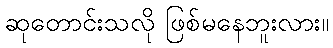
ဆုတောင်းသလို ဖြစ်မနေဘူးလား။